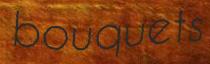
bouquets